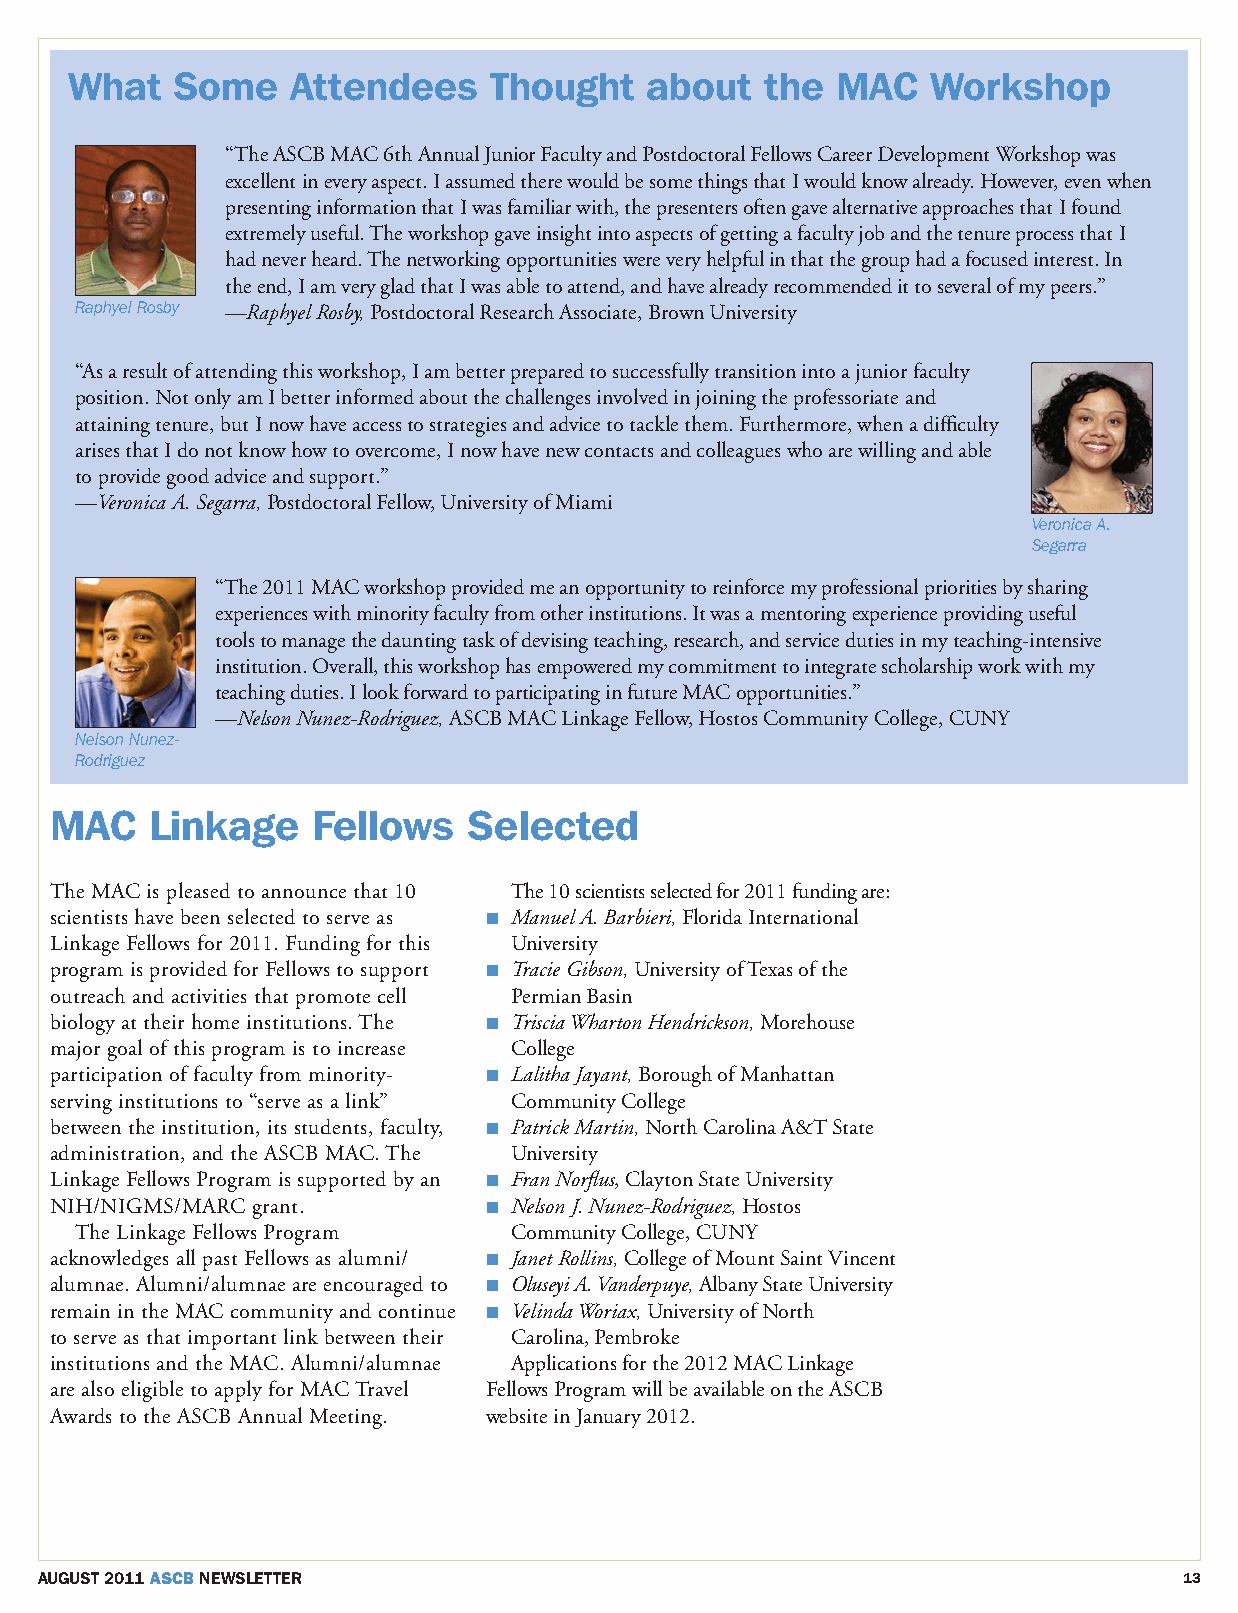
What   Some   Attendees    Thought    about   the MAC    Workshop
 “The ASCB MAC 6th Annual Junior Faculty and Postdoctoral Fellows Career Development Workshop was
 excellent in every aspect. I assumed there would be some things that I would know already. However, even when
 presenting information that I was familiar with, the presenters often gave alternative approaches that I found
 extremely useful. The workshop gave insight into aspects of getting a faculty job and the tenure process that I
 had never heard. The networking opportunities were very helpful in that the group had a focused interest. In
 the end, I am very glad that I was able to attend, and have already recommended it to several of my peers.”
 Raphyel Rosby —Raphyel Rosby, Postdoctoral Research Associate, Brown University
 “As a result of attending this workshop, I am better prepared to successfully transition into a junior faculty
 position. Not only am I better informed about the challenges involved in joining the professoriate and
 attaining tenure, but I now have access to strategies and advice to tackle them. Furthermore, when a difficulty
 arises that I do not know how to overcome, I now have new contacts and colleagues who are willing and able
 to provide good advice and support.”
 —Veronica A. Segarra, Postdoctoral Fellow, University of Miami
 Veronica A.
 Segarra
 “The 2011 MAC workshop provided me an opportunity to reinforce my professional priorities by sharing
 experiences with minority faculty from other institutions. It was a mentoring experience providing useful
 tools to manage the daunting task of devising teaching, research, and service duties in my teaching-intensive
 institution. Overall, this workshop has empowered my commitment to integrate scholarship work with my
 teaching duties. I look forward to participating in future MAC opportunities.”
 —Nelson Nunez-Rodriguez, ASCB MAC Linkage Fellow, Hostos Community College, CUNY
 Nelson Nunez-
 Rodriguez
 MAC    Linkage    Fellows   Selected
 The MAC is pleased to announce that 10 The 10 scientists selected for 2011 funding are:
 scientists have been selected to serve as n Manuel A. Barbieri, Florida International
 Linkage Fellows for 2011. Funding for this University
 program is provided for Fellows to support n Tracie Gibson, University of Texas of the
 outreach and activities that promote cell Permian Basin
 biology at their home institutions. The n Triscia Wharton Hendrickson, Morehouse
 major goal of this program is to increase College
 participation of faculty from minority- n Lalitha Jayant, Borough of Manhattan
 serving institutions to “serve as a link” Community College
 between the institution, its students, faculty, n Patrick Martin, North Carolina A&T State
 administration, and the ASCB MAC. The University
 Linkage Fellows Program is supported by an n Fran Norflus, Clayton State University
 NIH/NIGMS/MARC grant.        n Nelson J. Nunez-Rodriguez, Hostos
 The Linkage Fellows Program  Community College, CUNY
 acknowledges all past Fellows as alumni/ n Janet Rollins, College of Mount Saint Vincent
 alumnae. Alumni/alumnae are encouraged to n Oluseyi A. Vanderpuye, Albany State University
 remain in the MAC community and continue n Velinda Woriax, University of North
 to serve as that important link between their Carolina, Pembroke
 institutions and the MAC. Alumni/alumnae Applications for the 2012 MAC Linkage
 are also eligible to apply for MAC Travel Fellows Program will be available on the ASCB
 Awards to the ASCB Annual Meeting. website in January 2012.
 AUGUST 2011 ASCB NEWSLETTER                                                 13